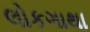
લોકગાથા